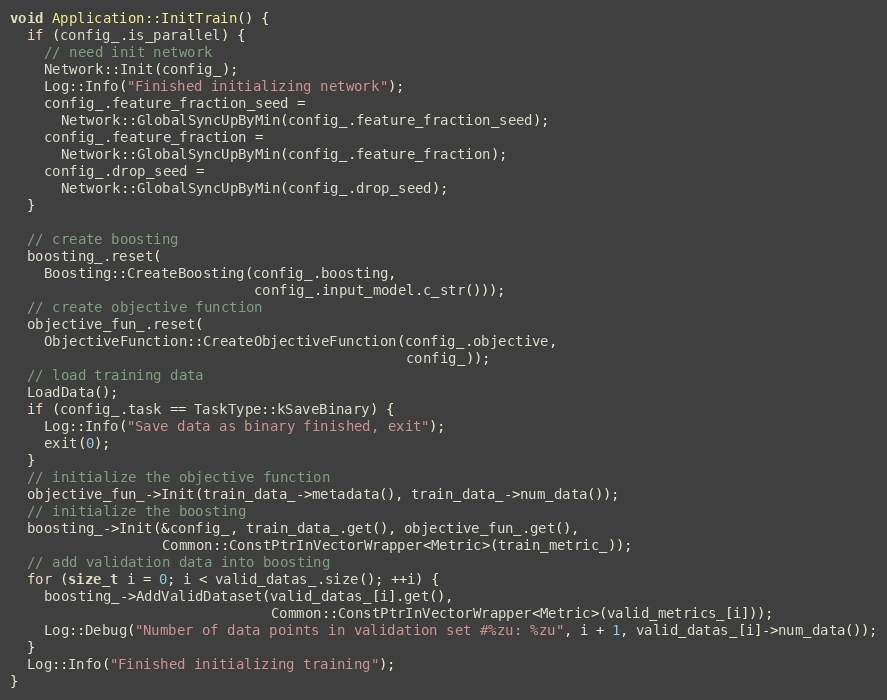
Language: C++
void Application::InitTrain() {
  if (config_.is_parallel) {
    // need init network
    Network::Init(config_);
    Log::Info("Finished initializing network");
    config_.feature_fraction_seed =
      Network::GlobalSyncUpByMin(config_.feature_fraction_seed);
    config_.feature_fraction =
      Network::GlobalSyncUpByMin(config_.feature_fraction);
    config_.drop_seed =
      Network::GlobalSyncUpByMin(config_.drop_seed);
  }

  // create boosting
  boosting_.reset(
    Boosting::CreateBoosting(config_.boosting,
                             config_.input_model.c_str()));
  // create objective function
  objective_fun_.reset(
    ObjectiveFunction::CreateObjectiveFunction(config_.objective,
                                               config_));
  // load training data
  LoadData();
  if (config_.task == TaskType::kSaveBinary) {
    Log::Info("Save data as binary finished, exit");
    exit(0);
  }
  // initialize the objective function
  objective_fun_->Init(train_data_->metadata(), train_data_->num_data());
  // initialize the boosting
  boosting_->Init(&config_, train_data_.get(), objective_fun_.get(),
                  Common::ConstPtrInVectorWrapper<Metric>(train_metric_));
  // add validation data into boosting
  for (size_t i = 0; i < valid_datas_.size(); ++i) {
    boosting_->AddValidDataset(valid_datas_[i].get(),
                               Common::ConstPtrInVectorWrapper<Metric>(valid_metrics_[i]));
    Log::Debug("Number of data points in validation set #%zu: %zu", i + 1, valid_datas_[i]->num_data());
  }
  Log::Info("Finished initializing training");
}